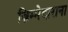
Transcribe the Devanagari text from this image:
ज़िम्मेदाराना